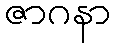
ဇာဂနာ